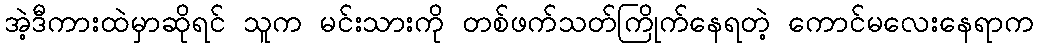
အဲ့ဒီကားထဲမှာဆိုရင် သူက မင်းသားကို တစ်ဖက်သတ်ကြိုက်နေရတဲ့ ကောင်မလေးနေရာက